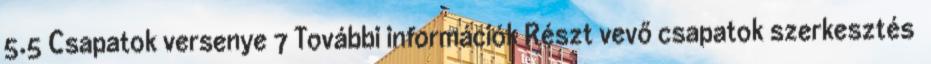
5.5 Csapatok versenye 7 További információk Részt vevő csapatok szerkesztés